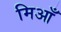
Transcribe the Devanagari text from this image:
मिआँ